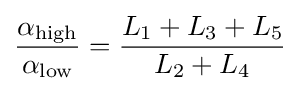
{\alpha _{\text{high}} \over \alpha _{\text{low}}}={L_{\text{1}}+L_{\text{3}}+L_{\text{5}} \over L_{\text{2}}+L_{\text{4}}}